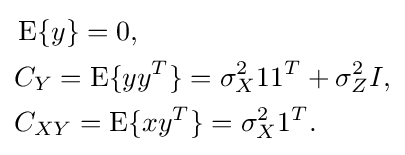
{\begin{aligned}&\operatorname {E} \{y\}=0,\\&C_{Y}=\operatorname {E} \{yy^{T}\}=\sigma _{X}^{2}11^{T}+\sigma _{Z}^{2}I,\\&C_{XY}=\operatorname {E} \{xy^{T}\}=\sigma _{X}^{2}1^{T}.\end{aligned}}